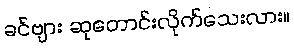
ခင်ဗျား ဆုတောင်းလိုက်သေးလား။